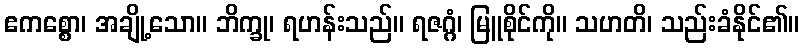
ဧကစ္စော၊ အချို့သော။ ဘိက္ခု၊ ရဟန်းသည်။ ရဇဂ္ဂံ၊ မြူစိုင်ကို။ သဟတိ၊ သည်းခံနိုင်၏။